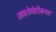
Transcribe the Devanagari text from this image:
आकडेमोडींकरता